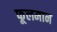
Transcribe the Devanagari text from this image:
फूलमान